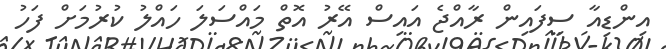
އިންޑިއާ ސިފައިން ރާއްޖެ އައިސް އޭރު އޮތް މައްސަލަ ހައްލު ކުރުމަށް ފަހު